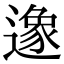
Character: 𨖶